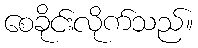
စေခိုင်းလိုက်သည်။